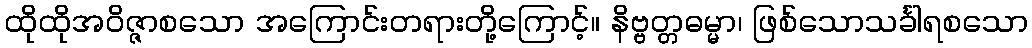
ထိုထိုအဝိဇ္ဇာစသော အကြောင်းတရားတို့ကြောင့်။ နိဗ္ဗတ္တဓမ္မာ၊ ဖြစ်သောသင်္ခါရစသော